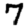
Digit: 7